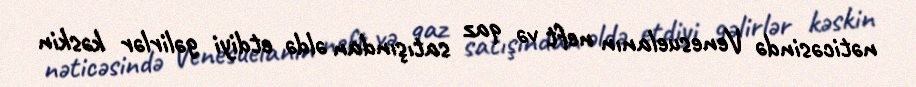
nəticəsində Venesuelanın neft və qaz satışından əldə etdiyi gəlirlər kəskin